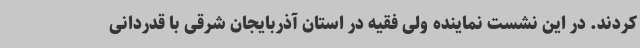
کردند. در این نشست نماینده ولی فقیه در استان آذربایجان شرقی با قدردانی